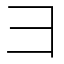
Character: ⺕